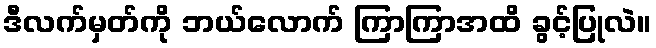
ဒီလက်မှတ်ကို ဘယ်လောက် ကြာကြာအထိ ခွင့်ပြုလဲ။